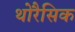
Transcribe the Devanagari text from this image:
थोरैसिक